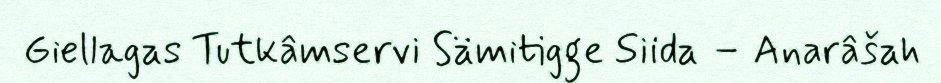
Giellagas Tutkâmservi Sämitigge Siida – Anarâšah